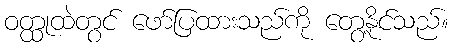
ဝတ္ထုထဲတွင် ဖော်ပြထားသည်ကို တွေ့နိုင်သည်။